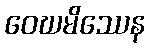
ဝေဃမိဿေန